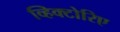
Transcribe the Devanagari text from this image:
व्हिक्टोरिए